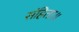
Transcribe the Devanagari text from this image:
संहिता॥